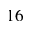
1 6